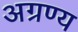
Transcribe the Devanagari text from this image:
अग्रण्य